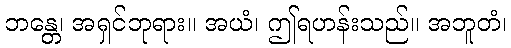
ဘန္တေ၊ အရှင်ဘုရား။ အယံ၊ ဤရဟန်းသည်။ အဘူတံ၊